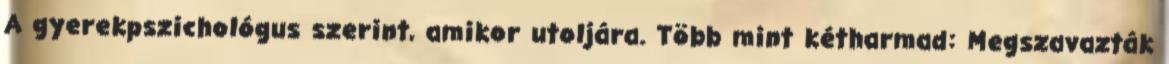
A gyerekpszichológus szerint, amikor utoljára. Több mint kétharmad: Megszavazták